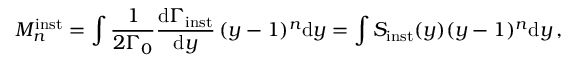
M _ { n } ^ { \mathrm { i n s t } } = \int { \frac { 1 } { 2 \Gamma _ { 0 } } } { \frac { \mathrm { d } \Gamma _ { \mathrm { i n s t } } } { \mathrm { d } y } } \, ( y - 1 ) ^ { n } \mathrm { d } y = \int S _ { \mathrm { i n s t } } ( y ) ( y - 1 ) ^ { n } \mathrm { d } y \, ,